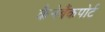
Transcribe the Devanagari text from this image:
कैनेबैंकपोर्ट